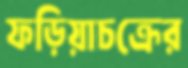
ফড়িয়াচক্রের